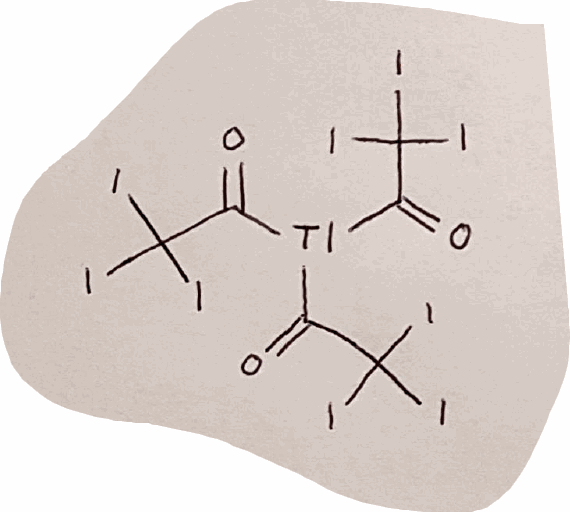
Simplified molecular-input line-entry system (SMILES) notation of the given molecule:
C(=O)(C(I)(I)I)[Tl](C(=O)C(I)(I)I)C(=O)C(I)(I)I